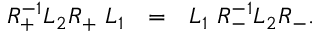
R _ { + } ^ { - 1 } L _ { 2 } R _ { + } ~ L _ { 1 } ~ ~ = ~ ~ L _ { 1 } ~ R _ { - } ^ { - 1 } L _ { 2 } R _ { - } .